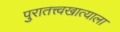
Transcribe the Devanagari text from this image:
पुरातत्त्वखात्याला